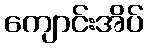
ကျောင်းအိပ်